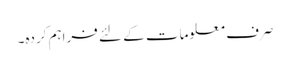
صرف معلومات کے لئے فراہم کردہ۔